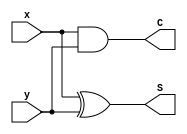
module halfadder (x, y, S, C); 
	input x, y; 
	output S, C; 
	
	assign S = x ^ y; 
	assign C= x & y; 
endmodule
  
module fulladder (x, y, Cin, S, C);
	input x, y, Cin; // by default datatype is wire
	output S, C; // wire datatype

	wire S1, D1, D2;
	
	
	halfadder HA1( x, y, S1, D1); 
	halfadder HA2( S1, Cin, S, D2);
	
	or U3( C, D1, D2);
endmodule